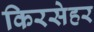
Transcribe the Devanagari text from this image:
किरसेहर